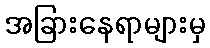
အခြားနေရာများမှ